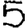
Digit: 5